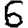
Digit: 6